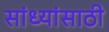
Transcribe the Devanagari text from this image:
सांध्यांसाठी